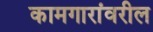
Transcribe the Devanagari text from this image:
कामगारांवरील